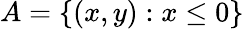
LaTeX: A=\{ (x,y):x\leq 0\}